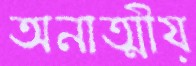
অনাত্মীয়